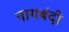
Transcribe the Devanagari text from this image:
नागबंदी